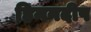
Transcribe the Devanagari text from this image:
हिमनदीप